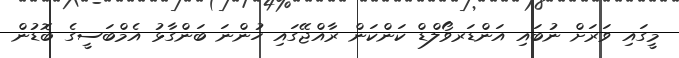
މީގައި ވަރަށް ނުބައި އަންޑަރވޯލްޑް ކަންކަން ރާއްޖޭގައި ހުންނަ ބަންގާޅު އެމްބަސީގެ ބޮޑުން